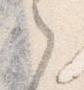
之